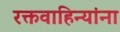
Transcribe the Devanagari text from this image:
रक्तवाहिन्यांना